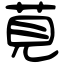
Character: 莧